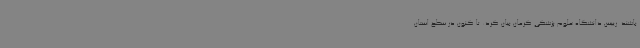
باشند. رییس دانشگاه علوم پزشکی کرمان بیان کرد: تا کنون در سطح استان